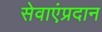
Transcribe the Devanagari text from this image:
सेवाएंप्रदान